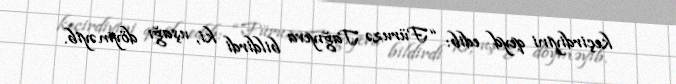
keçirdiyini qeyd edib: “Füruzə Tağıyeva bildirdi ki, uşağı döyməyib.